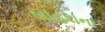
બાહરાના